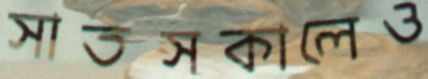
সাতসকালেও